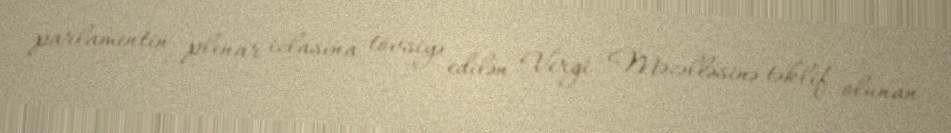
parlamentin plenar iclasına tövsiyə edilən Vergi Məcəlləsinə təklif olunan